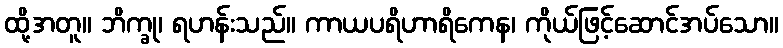
ထို့အတူ။ ဘိက္ခု၊ ရဟန်းသည်။ ကာယပရိဟာရိကေန၊ ကိုယ်ဖြင့်ဆောင်အပ်သော။